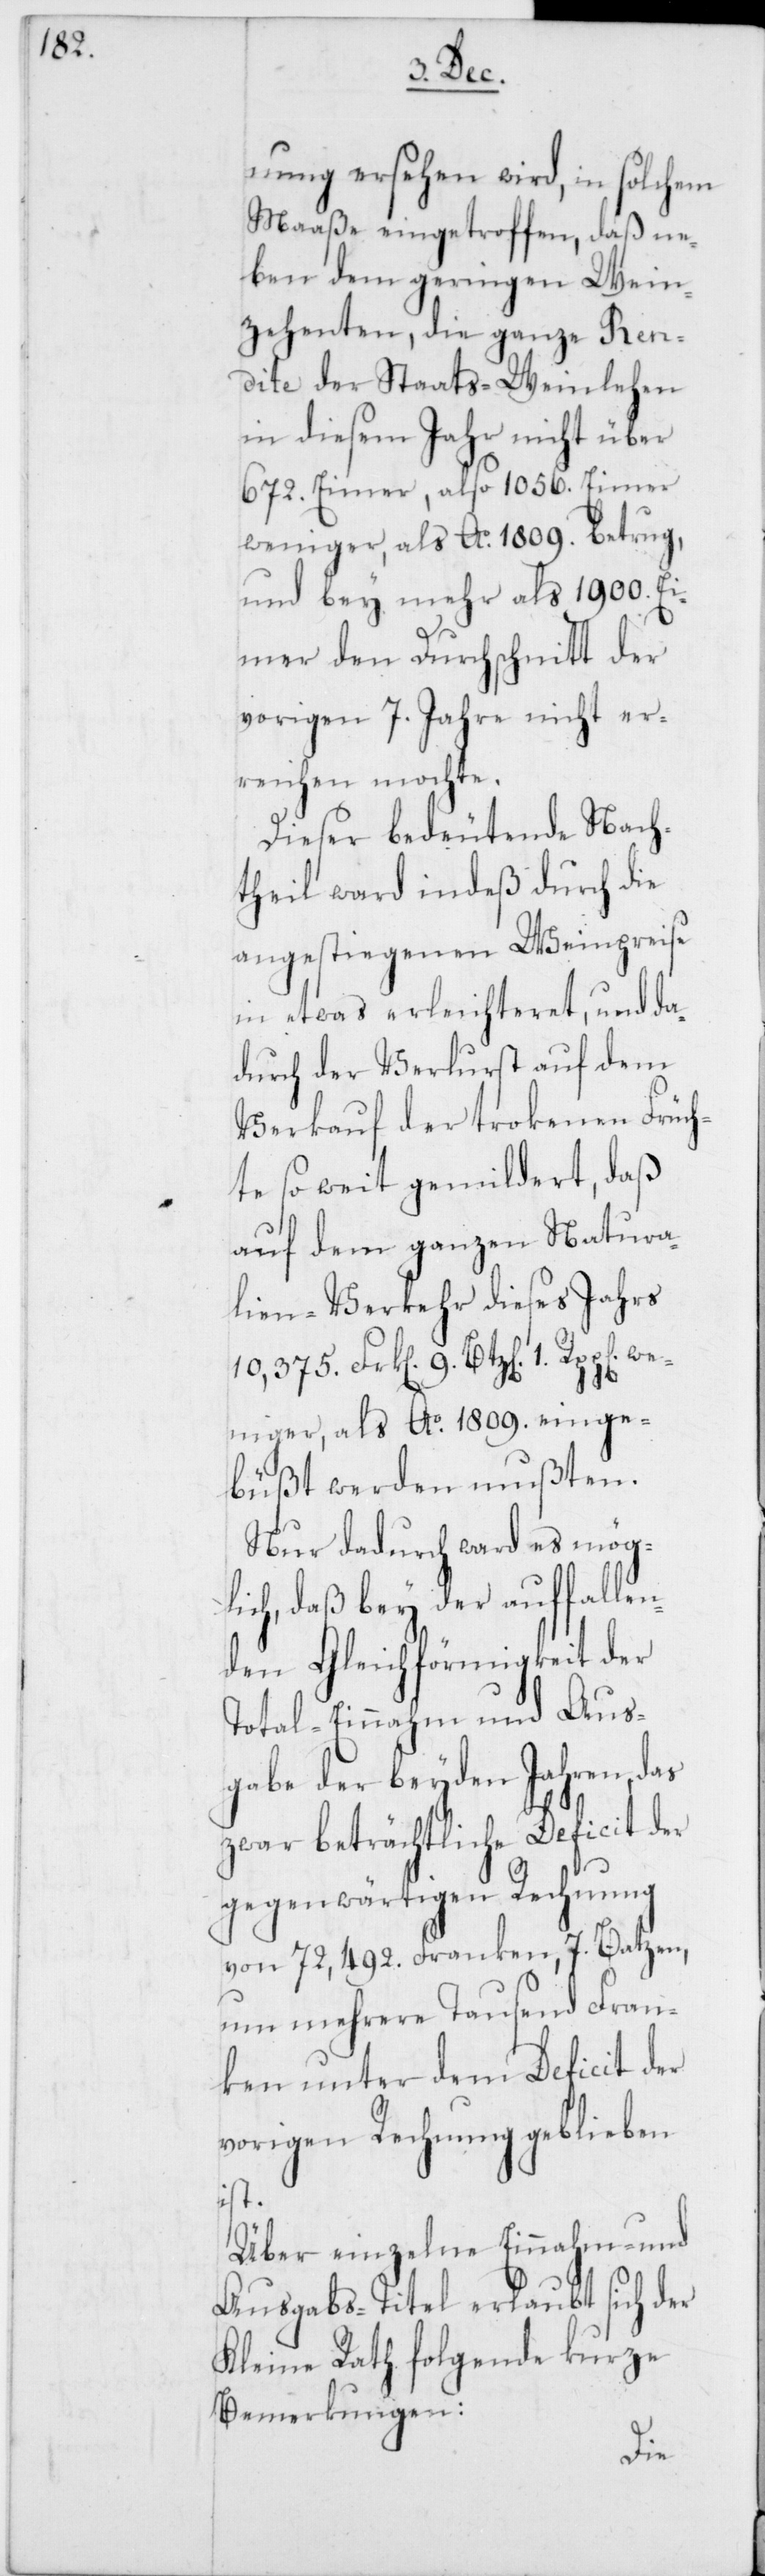
nung ersehen wird, in solchem
Maaße eingetroffen, daß ne¬
ben dem geringen Wein¬
zehenten, die ganze Ren¬
dite der Staats-Weinlehen
in diesem Jahr nicht über
672. Eimer, also 1056. Eimer
weniger, als Ao. 1809. betrug,
und bey mehr als 1900. Ei¬
mer den Durchschnitt der
vorigen 7. Jahre nicht er¬
reichen mochte.
Dieser bedeutende Nach¬
theil ward indeß durch die
angestiegenen Weinpreise
in etwas erleichteret, und da¬
durch der Verlust auf dem
Verkauf der trokenen Früch¬
te so weit gemildert, daß
auf dem ganzen Natura¬
lien-Verkehr dieses Jahrs
weniger, als Ao. 1809. einge¬
büßt werden mußten.
Nur dadurch ward es mög¬
lich, daß bey der auffallen¬
den Gleichförmigkeit der
Total-Einnahm und Aus¬
gabe der beyden Jahren, das
zwar beträchtliche Deficit der
gegenwärtigen Rechnung
von 72,492. Franken, 7. Batzen,
um mehrere Tausend Fran¬
ken unter dem Deficit der
vorigen Rechnung geblieben
ist.
Über einzelne Einnahm- und
Ausgabs-Titel erlaubt sich der
Kleine Rath folgende kurze
Bemerkungen: